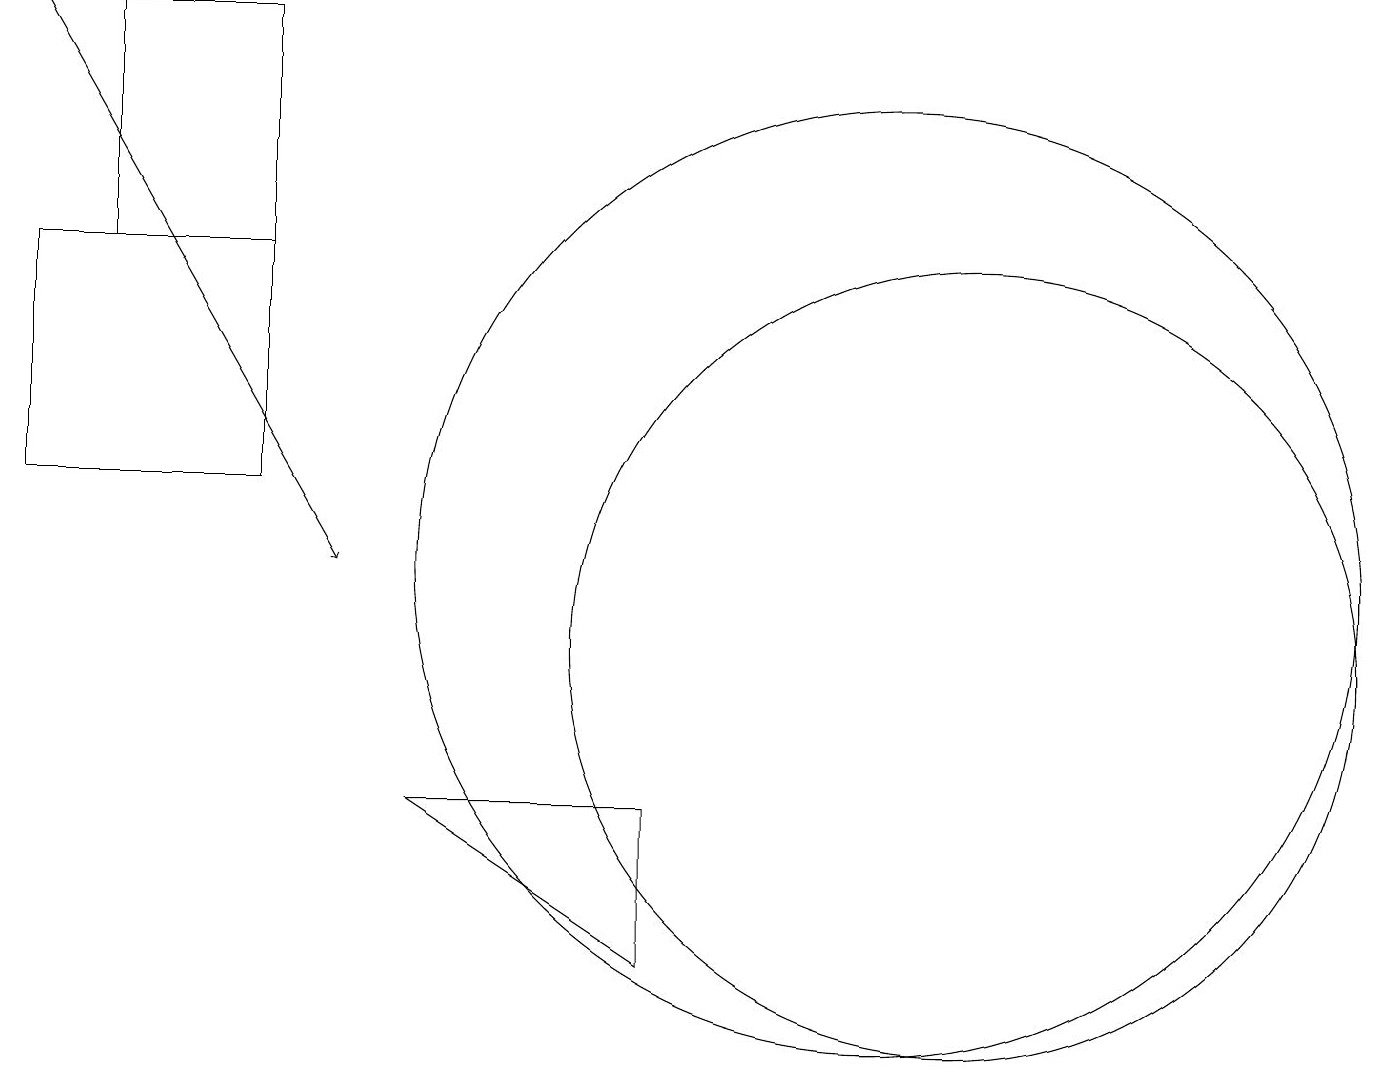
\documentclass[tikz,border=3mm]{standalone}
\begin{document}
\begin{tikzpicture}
\draw (11,11) circle (6);
\draw[->] (0,18) -- (4,11);
\draw (0,12) rectangle (3,15);
\draw (1,18) rectangle (3,15);
\draw (5,8) -- (8,8) -- (8,6) -- cycle;
\draw (12,10) circle (5);
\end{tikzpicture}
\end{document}